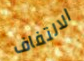
الالتفاف